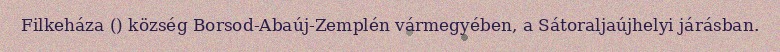
Filkeháza () község Borsod-Abaúj-Zemplén vármegyében, a Sátoraljaújhelyi járásban.